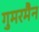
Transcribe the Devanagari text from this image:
गुमरमैन